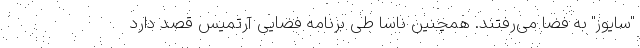
"سایوز" به فضا می‌رفتند. همچنین ناسا طی برنامه فضایی آرتمیس قصد دارد